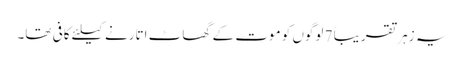
یہ زہر تقریباً 7 لوگوں کو موت کے گھاٹ اتارنے کیلئے کافی تھا۔